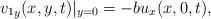
LaTeX: \begin{align*} { v_1}_y (x,y,t)\vert_{y=0} = - b u_x(x,0,t),\end{align*}